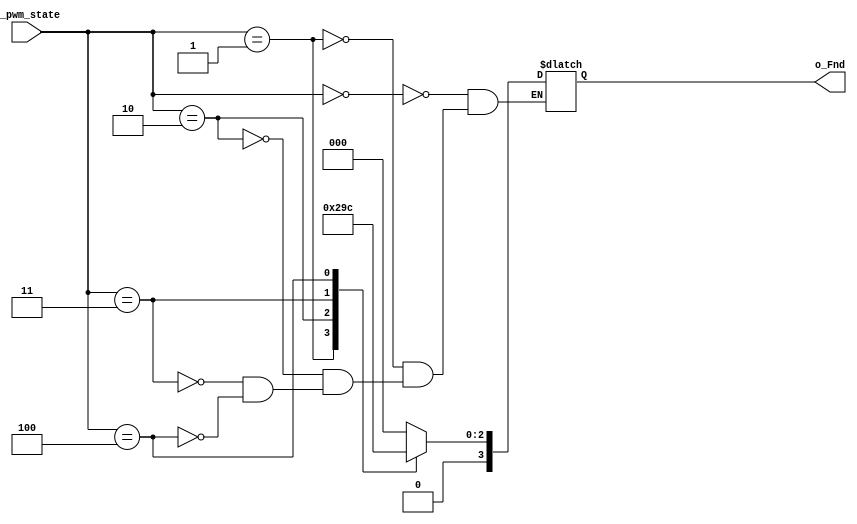
`timescale 1ns / 1ps
//////////////////////////////////////////////////////////////////////////////////
// Company: 
// Engineer: 
// 
// Design Name: 
// Module Name: display_fnd_state
// Project Name: 
// Target Devices: 
// Tool Versions: 
// Description: 
// 
// Dependencies: 
// 
// Revision:
// Revision 0.01 - File Created
// Additional Comments:
// 
//////////////////////////////////////////////////////////////////////////////////


module display_fnd_state(
    input [2:0] i_pwm_state,
    output [3:0] o_Fnd
    );

    reg [3:0] r_Fnd;
    assign o_Fnd = r_Fnd;

    always @(*) begin
        case(i_pwm_state)
            3'b000 : r_Fnd <= 4'd0;
            3'b001 : r_Fnd <= 4'd1;
            3'b010 : r_Fnd <= 4'd2;
            3'b011 : r_Fnd <= 4'd3;
            3'b100 : r_Fnd <= 4'd4;
        endcase
    end
endmodule